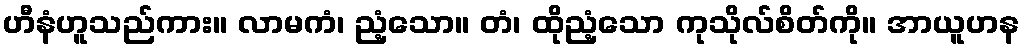
ဟီနံဟူသည်ကား။ လာမကံ၊ ညံ့သော။ တံ၊ ထိုညံ့သော ကုသိုလ်စိတ်ကို။ အာယူဟန